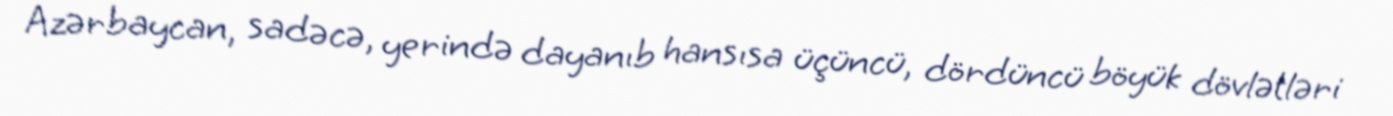
Azərbaycan, sadəcə, yerində dayanıb hansısa üçüncü, dördüncü böyük dövlətləri